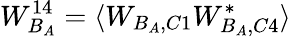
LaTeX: W_{B_{A}}^{14}=\langle W_{B_{A},C1}W_{B_{A},C4}^{*}\rangle